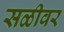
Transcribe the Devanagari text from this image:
सळीवर